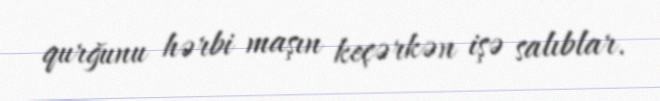
qurğunu hərbi maşın keçərkən işə salıblar.